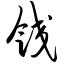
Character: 饺